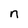
Character: n